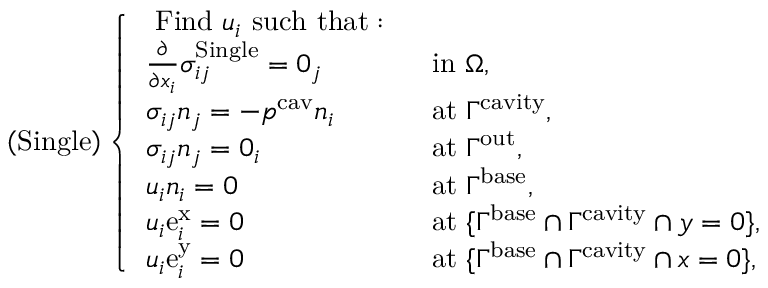
\left( \mathrm { S i n g l e } \right) \left\{ \begin{array} { l l } { \mathrm { ~ F i n d ~ } u _ { i } \mathrm { ~ s u c h ~ t h a t : ~ } } & \\ { \frac { \partial } { \partial x _ { i } } \sigma _ { i j } ^ { \mathrm { S i n g l e } } = 0 _ { j } } & { \mathrm { ~ i n ~ } \Omega , } \\ { \sigma _ { i j } n _ { j } = - p ^ { \mathrm { c a v } } n _ { i } } & { \mathrm { ~ a t ~ } \Gamma ^ { \mathrm { c a v i t y } } , } \\ { \sigma _ { i j } n _ { j } = 0 _ { i } } & { \mathrm { ~ a t ~ } \Gamma ^ { \mathrm { o u t } } , } \\ { u _ { i } n _ { i } = 0 } & { \mathrm { ~ a t ~ } \Gamma ^ { \mathrm { b a s e } } , } \\ { u _ { i } \mathrm { e } _ { i } ^ { \mathrm { x } } = 0 } & { \mathrm { ~ a t ~ } \{ \Gamma ^ { \mathrm { b a s e } } \cap \Gamma ^ { \mathrm { c a v i t y } } \cap y = 0 \} , } \\ { u _ { i } \mathrm { e } _ { i } ^ { \mathrm { y } } = 0 } & { \mathrm { ~ a t ~ } \{ \Gamma ^ { \mathrm { b a s e } } \cap \Gamma ^ { \mathrm { c a v i t y } } \cap x = 0 \} , } \end{array} \right.